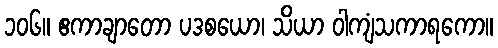
၁၀၆။ ဧကာချာတော ပဒစယော၊ သိယာ ဝါကျံသကာရကော။